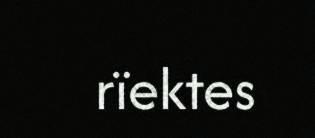
rïektes